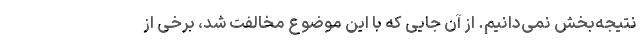
نتیجه‌بخش نمی‌دانیم. از آن جایی که با این موضوع مخالفت شد، برخی از